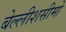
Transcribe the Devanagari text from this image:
बेल्लीशसीमो